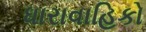
ધારાવાહિકો